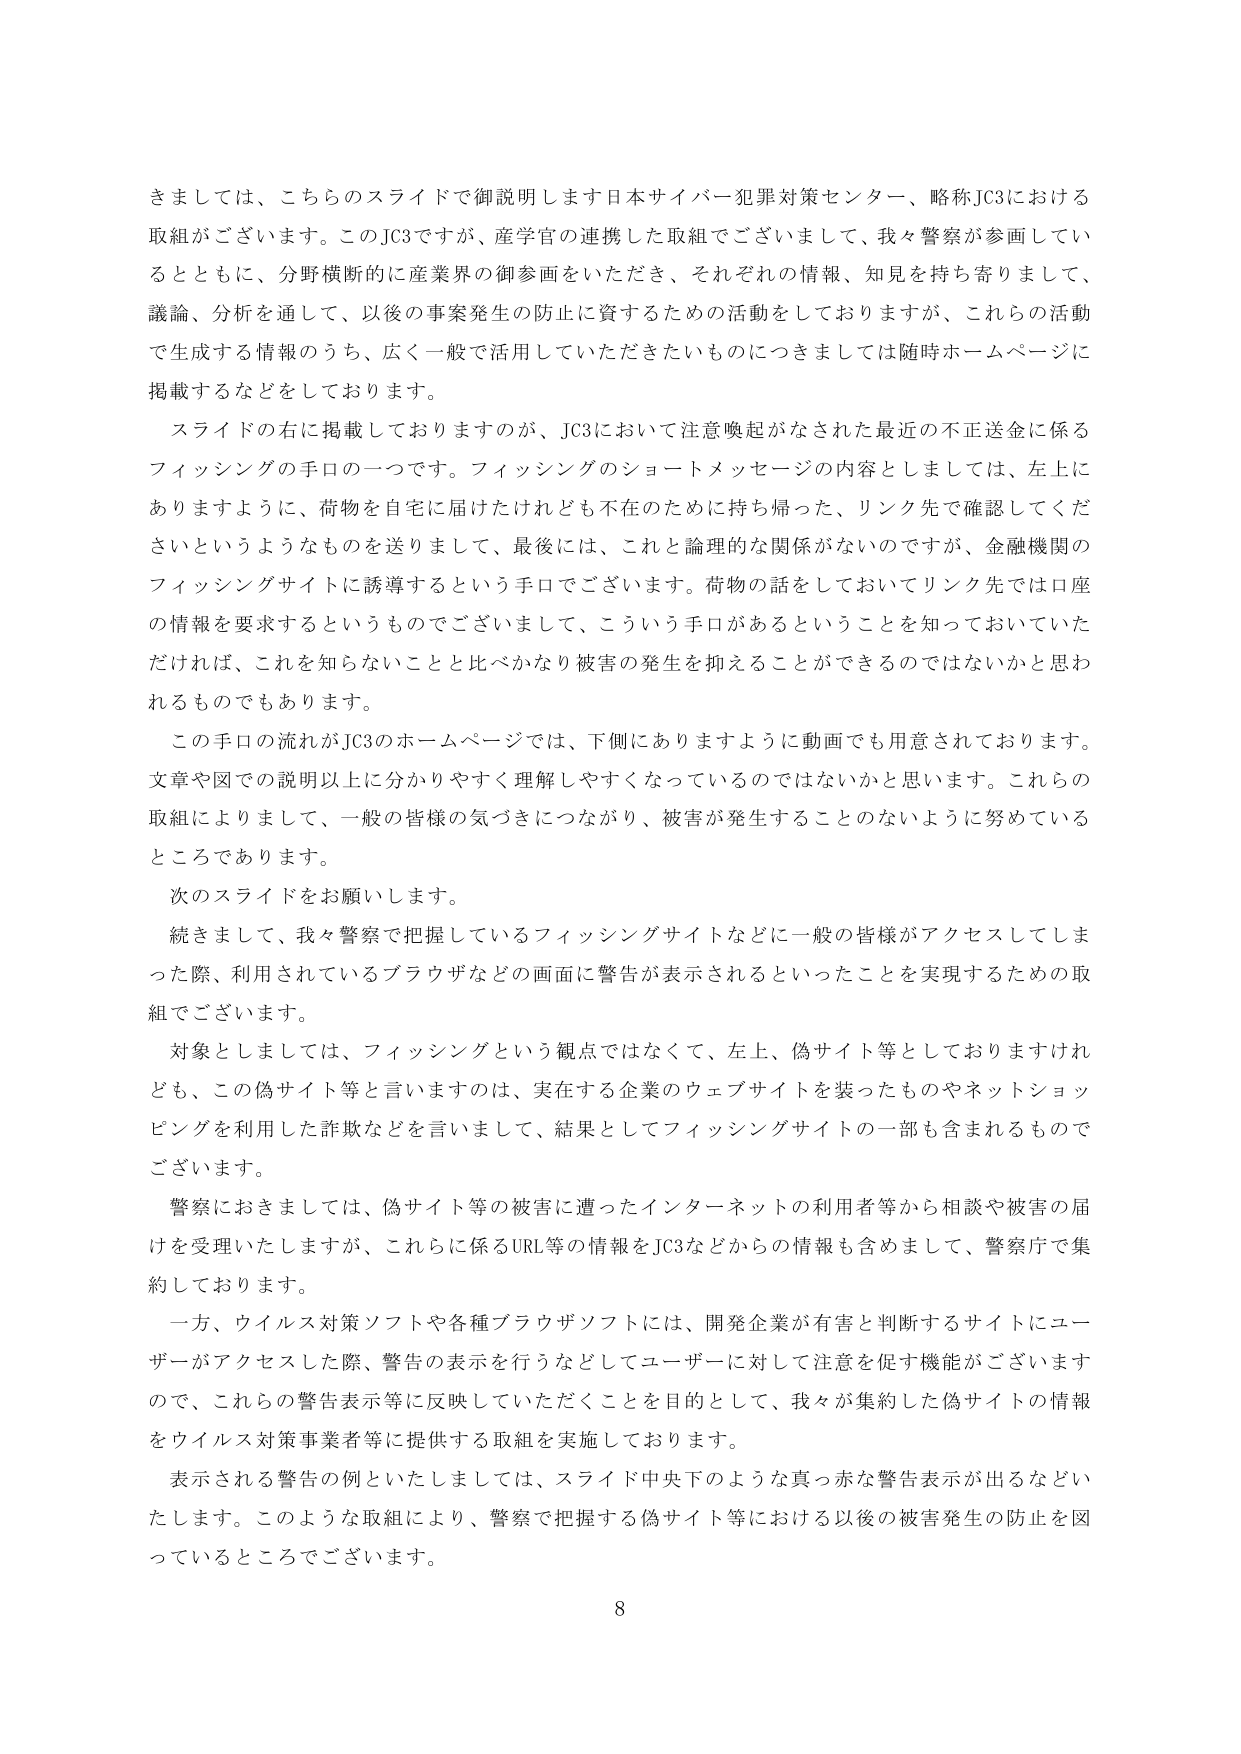
きましては、こちらのスライドで御説明します日本サイバー犯罪対策センター、略称JC3における取組がございます。このJC3ですが、産学官の連携した取組でございまして、我々警察が参画しているとともに、分野横断的に産業界の御参画をいただき、それぞれの情報、知見を持ち寄りまして、議論、分析を通して、以後の事案発生の防止に資するための活動をしておりますが、これらの活動で生成する情報のうち、広く一般で活用していただきたいものにつきましては随時ホームページに掲載するなどをしております。

スライドの右に掲載しておりますのが、JC3において注意喚起がなされた最近の不正送金に係るフィッシングの手口の一つです。フィッシングのショートメッセージの内容としましては、左上にありますように、荷物を自宅に届けたけれども不在のために持ち帰った、リンク先で確認してくださいというようなものを送りまして、最後には、これと論理的な関係がないのですが、金融機関のフィッシングサイトに誘導するという手口でございます。荷物の話をしておいてリンク先では口座の情報を要求するというものですございまして、こういう手口があるということを知っておいていただければ、これを知らないことと比べかなり被害の発生を抑えることができるのではないかと思われるものでもあります。

この手口の流れがJC3のホームページでは、下側にありますように動画でも用意されております。文章や図での説明以上に分かりやすく理解しやすくなっているのではないかと思います。これらの取組によりまして、一般の皆様の気づきにつながり、被害が発生することのないように努めているところであります。

次のスライドをお願いします。

続きまして、我々警察で把握しているフィッシングサイトなどに一般の皆様がアクセスしてしまった際、利用されているブラウザなどの画面に警告が表示されるといったことを実現するための取組でございます。

対象としましては、フィッシングという観点ではなくて、左上、偽サイト等としておりますけれども、この偽サイト等と言いますのは、実在する企業のウェブサイトを装ったものやネットショッピングを利用した詐欺などを言いまして、結果としてフィッシングサイトの一部も含まれるものでございます。

警察におきましては、偽サイト等の被害に遭ったインターネットの利用者等から相談や被害の届けを受理いたしますが、これらに係るURL等の情報をJC3などからの情報も含めまして、警察庁で集約しております。

一方、ウイルス対策ソフトや各種ブラウザソフトには、開発企業が有害と判断するサイトにユーザーがアクセスした際、警告の表示を行うなどしてユーザーに対して注意を促す機能がございますので、これらの警告表示等に反映していただくことを目的として、我々が集約した偽サイトの情報をウイルス対策事業者等に提供する取組を実施しております。

表示される警告の例といたしましては、スライド中央下のような真っ赤な警告表示が出るなどいたします。このような取組により、警察で把握する偽サイト等における以後の被害発生の防止を図っているところでございます。

8